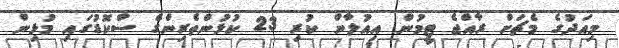
މިއަދުގެ މެޗަށް ރާއްޖެ ޓީމުން އިއުލާން ކުރި 23 ކުޅުންތެރިންގެ ސްކޮޑުގައި މުޅިން